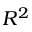
R ^ { 2 }